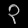
Digit: ၃